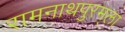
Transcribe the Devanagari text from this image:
रामनाथपुरम्‌ला